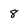
Character: 8